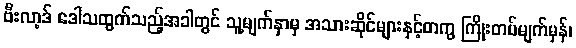
ဗီးလာ့ဒ် ဒေါသထွက်သည့်အခါတွင် သူ့မျက်နှာမှ အသားဆိုင်များနှင့်တကွ ကြိုးတပ်မျက်မှန်၊